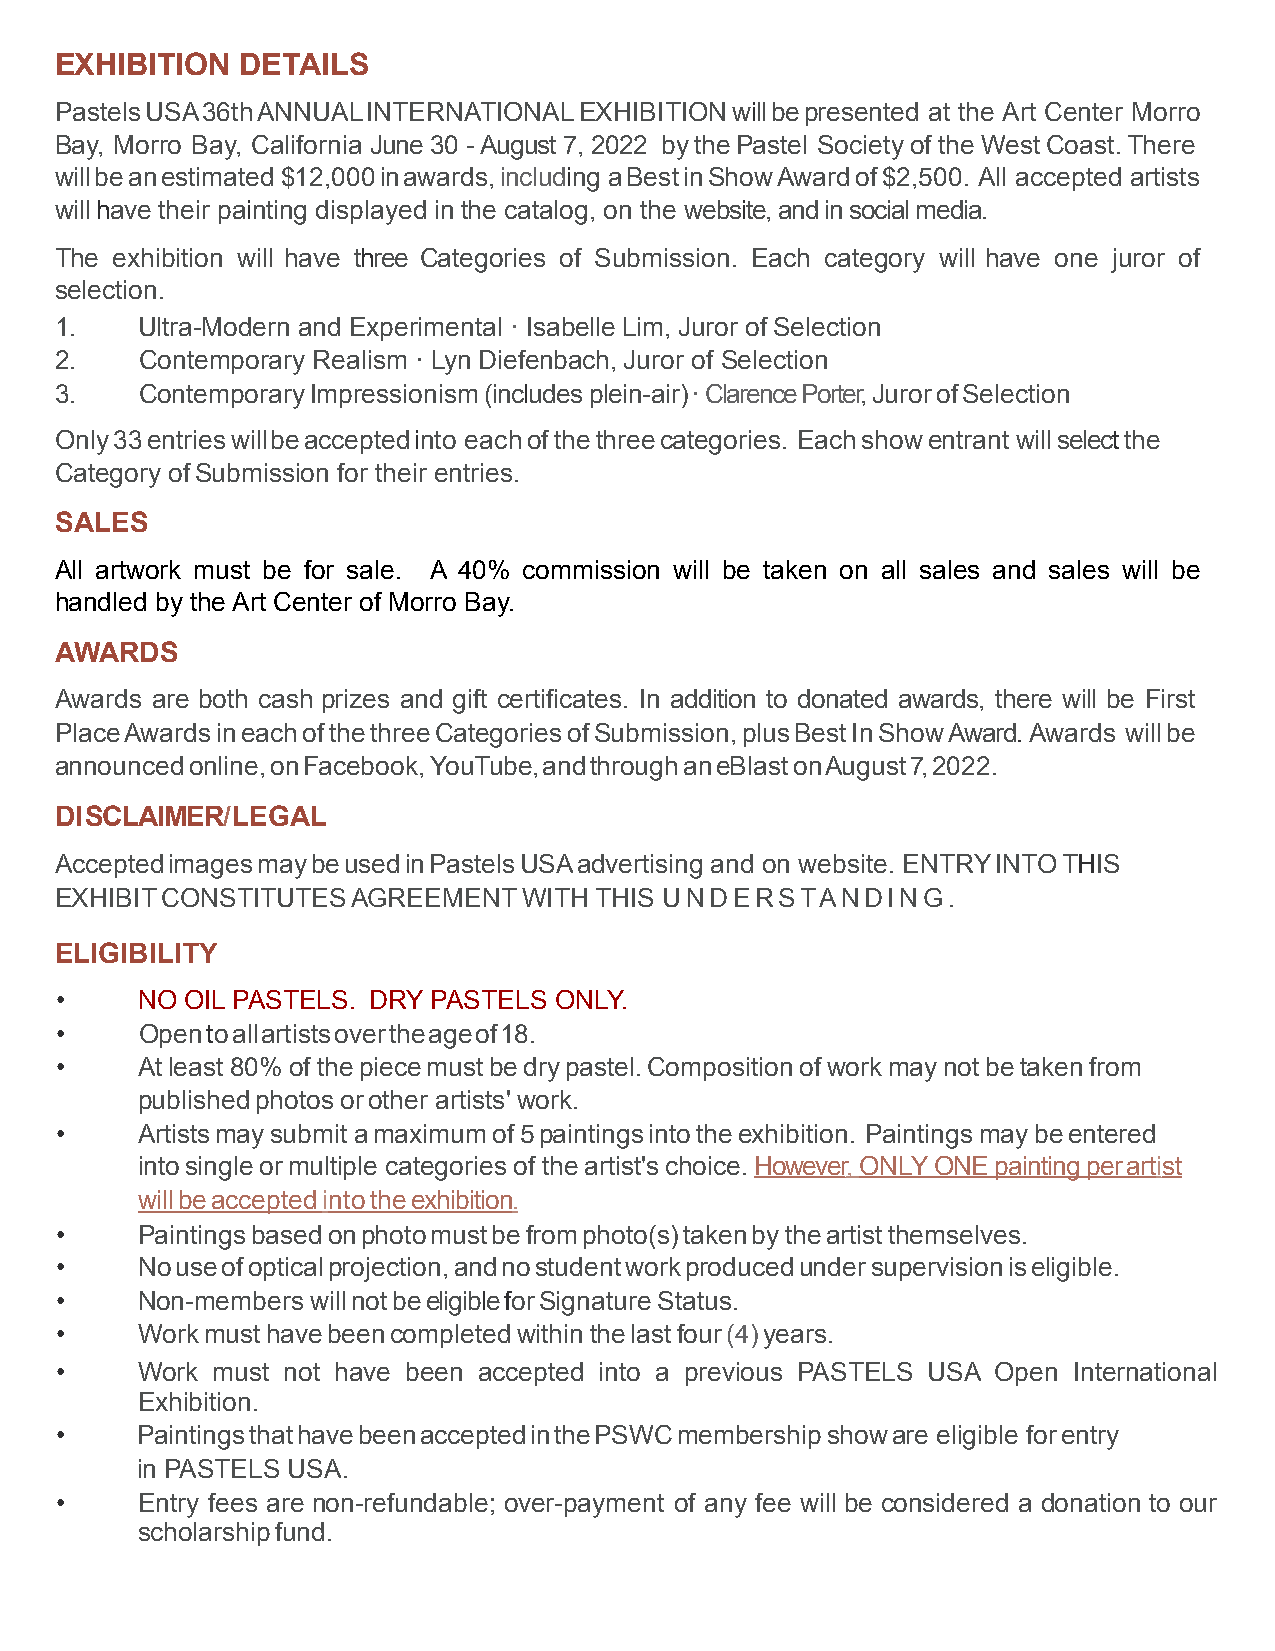
EXHIBITION  DETAILS
 Pastels USA 36th ANNUAL INTERNATIONAL EXHIBITION will be presented at the Art Center Morro
 Bay, Morro Bay, California June 30 - August 7, 2022 by the Pastel Society of the West Coast. There
 will be an estimated $12,000 in awards, including a Best in Show Award of $2,500. All accepted artists
 will have their painting displayed in the catalog, on the website, and in social media.
 The exhibition will have three Categories of Submission. Each category will have one juror of
 selection.
 1.   Ultra-Modern and Experimental · Isabelle Lim, Juror of Selection
 2.   Contemporary Realism · Lyn Diefenbach, Juror of Selection
 3.   Contemporary Impressionism (includes plein- air) · Clarence Porter, Juror of Selection
 Only 33 entries will be accepted into each of the three categories. Each show entrant will select the
 Category of Submission for their entries.
 SALES
 All artwork must be for sale. A 40% commission will be taken on all sales and sales will be
 handled by the Art Center of Morro Bay.
 AWARDS
 Awards are both cash prizes and gift certificates. In addition to donated awards, there will be First
 Place Awards in each of the three Categories of Submission, plus Best In Show Award. Awards will be
 announced online, on Facebook, YouTube, and through an eBlast on August 7, 2022.
 DI SCLAIMER/ LEGAL
 Accepted images may be used in Pastels USA advertising and on website. ENTRY INTO THIS
 EXHIBIT CONSTITUTES AGREEMENT  WITH THIS UNDERSTANDING.
 ELIGIBILITY
 •    NO OIL PASTELS. DRY PASTELS ONLY.
 •    Open to all artists over the age of 18.
 •    At least 80% of the piece must be dry pastel. Composition of work may not be taken from
 published photos or other artists' work.
 •    Artists may submit a maximum of 5 paintings into the exhibition. Paintings may be entered
 into single or multiple categories of the artist's choice. However, ONLY ONE painting per artist
 will be accepted into the exhibition.
 •    Paintings based on photo must be from photo(s) taken by the artist themselves.
 •    No use of optical projection, and no student work produced under supervision is eligible.
 •    Non-members will not be eligible for Signature Status.
 •    Work must have been completed within the last four (4) years.
 •    Work must not have been accepted into a previous PASTELS USA Open International
 Exhibition.
 •    Paintings that have been accepted in the PSWC membership show are eligible for entry
 in PASTELS USA.
 •    Entry fees are non-refundable; over-payment of any fee will be considered a donation to our
 scholarship fund.